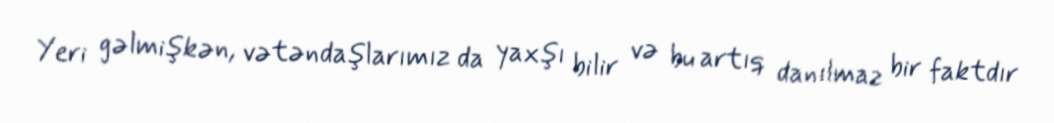
Yeri gəlmişkən, vətəndaşlarımız da yaxşı bilir və bu artıq danılmaz bir faktdır